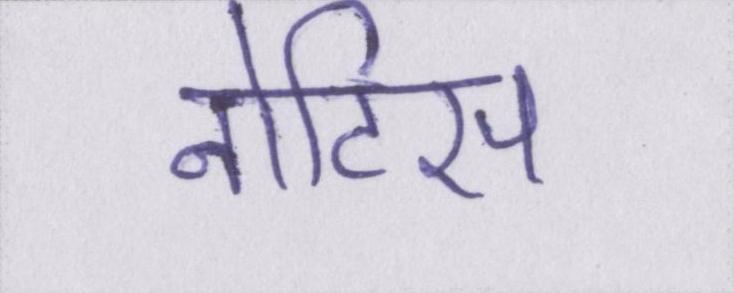
नोटिस